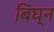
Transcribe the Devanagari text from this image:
बिघ्न